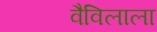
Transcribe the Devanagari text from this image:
वैविलाला